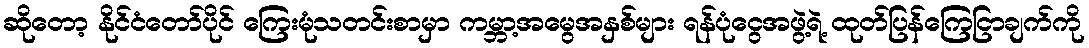
ဆိုတော့ နိုင်ငံတော်ပိုင် ကြေးမုံသတင်းစာမှာ ကမ္ဘာ့အမွေအနှစ်များ ရန်ပုံငွေအဖွဲ့ရဲ့ ထုတ်ပြန်ကြေငြာချက်ကို